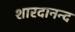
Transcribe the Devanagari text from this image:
शारदानन्द